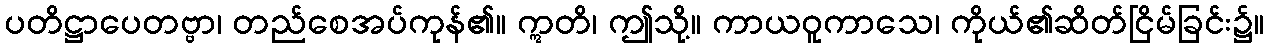
ပတိဋ္ဌာပေတဗ္ဗာ၊ တည်စေအပ်ကုန်၏။ ဣတိ၊ ဤသို့။ ကာယဝူကာသေ၊ ကိုယ်၏ဆိတ်ငြိမ်ခြင်း၌။